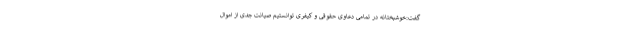
گفت:خوشبختانه در تمامی دعاوی حقوقی و کیفری توانستیم صیانت جدی از اموال